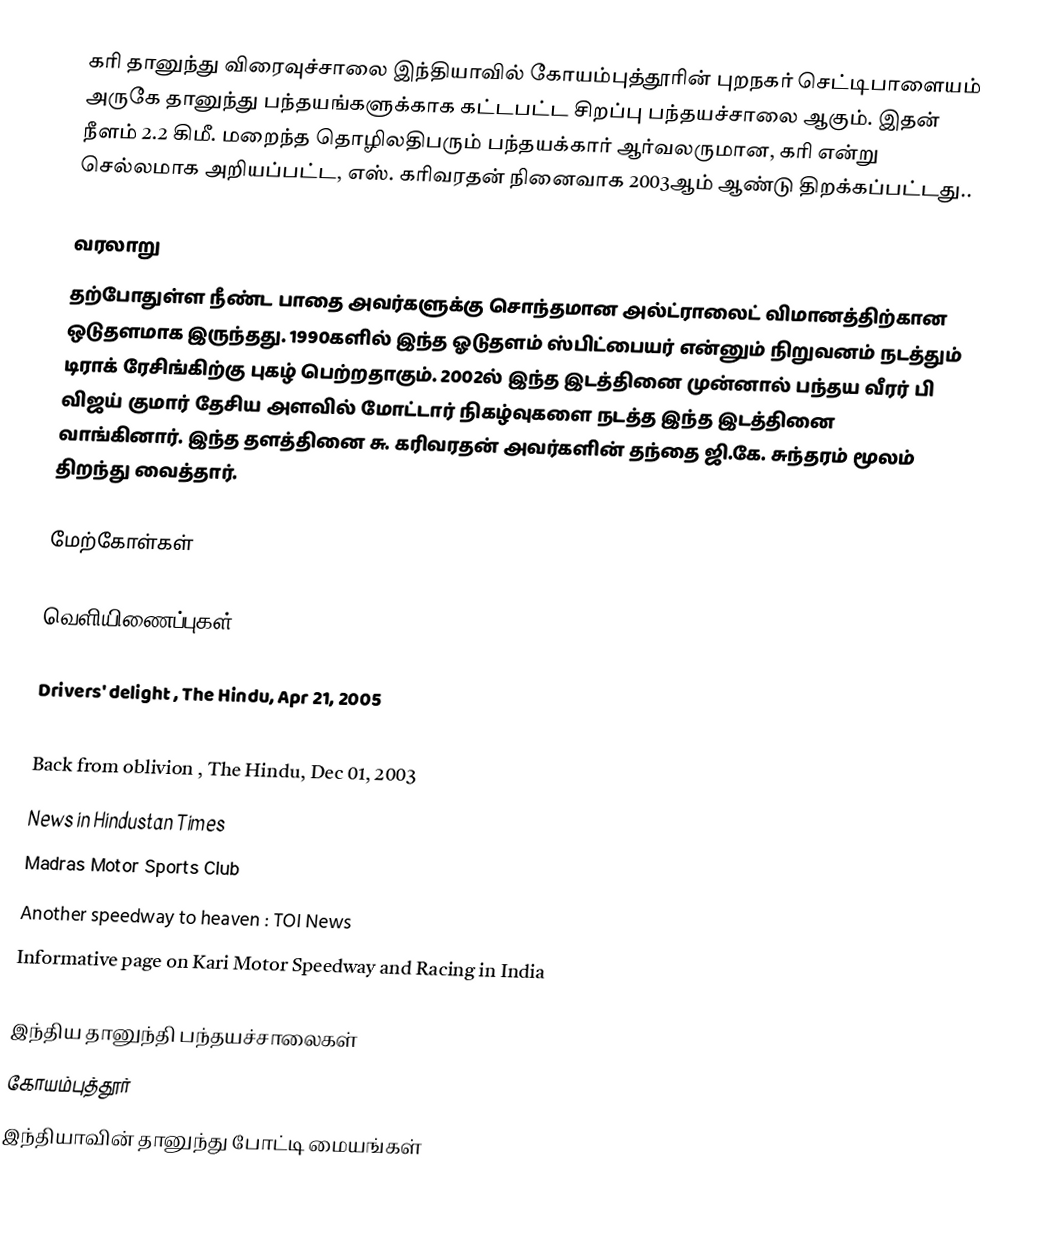
கரி தானுந்து விரைவுச்சாலை  இந்தியாவில் கோயம்புத்தூரின் புறநகர் செட்டிபாளையம் அருகே தானுந்து பந்தயங்களுக்காக கட்டபட்ட சிறப்பு பந்தயச்சாலை ஆகும். இதன் நீளம் 2.2 கிமீ. மறைந்த தொழிலதிபரும் பந்தயக்கார் ஆர்வலருமான, கரி என்று செல்லமாக அறியப்பட்ட, எஸ். கரிவரதன் நினைவாக 2003ஆம் ஆண்டு திறக்கப்பட்டது..

வரலாறு
தற்போதுள்ள நீண்ட பாதை  அவர்களுக்கு சொந்தமான அல்ட்ராலைட் விமானத்திற்கான ஒடுதளமாக இருந்தது. 1990களில் இந்த ஓடுதளம் ஸ்பிட்பையர் என்னும் நிறுவனம் நடத்தும் டிராக் ரேசிங்கிற்கு புகழ் பெற்றதாகும். 2002ல் இந்த இடத்தினை முன்னால் பந்தய வீரர் பி விஜய் குமார் தேசிய அளவில் மோட்டார்  நிகழ்வுகளை நடத்த இந்த இடத்தினை வாங்கினார். இந்த தளத்தினை சு. கரிவரதன் அவர்களின் தந்தை ஜி.கே. சுந்தரம் மூலம் திறந்து வைத்தார்.

மேற்கோள்கள்

வெளியிணைப்புகள்

   Drivers' delight , The Hindu, Apr 21, 2005
   To Kari, WITH LOVE , The Hindu, Dec 01, 2003
   Back from oblivion , The Hindu, Dec 01, 2003
  News in Hindustan Times
 Madras Motor  Sports Club
  Another speedway to heaven : TOI News
  Informative page on Kari Motor Speedway and  Racing in India

இந்திய தானுந்தி பந்தயச்சாலைகள்
கோயம்புத்தூர்
இந்தியாவின் தானுந்து போட்டி மையங்கள்